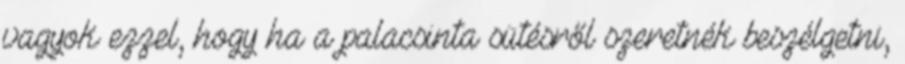
vagyok ezzel, hogy ha a palacsinta sütésről szeretnék beszélgetni,